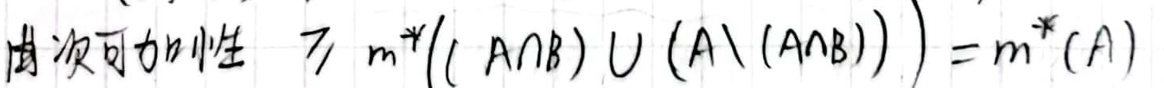
由次可加性 有 \(m^*( ( A \cap B ) \cup ( A \setminus ( A \cap B ) ) ) = m^*(A)\)